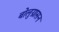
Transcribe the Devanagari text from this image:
बोलुग्रासन